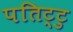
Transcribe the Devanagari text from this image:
पतिट्टु